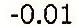
-0.01